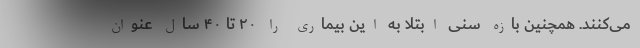
می‌کنند. همچنین بازه سنی ابتلا به این بیماری را ۲۰ تا ۴۰ سال عنوان